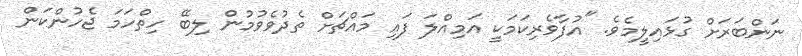
ނަންބަރަށް ގުޅައިލީމެވެ. "އުފާވެރިކަމަކީ އަމިއްލަ ފައި މައްޗަށް ތެދުވެވުމުން ލިބޭ ހިތްހަމަ ޖެހުންކަން